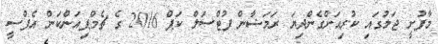
މާފުށީ ޖަލުގައި ކުރިއަށްގެންދިޔަ ރަމަޟާން ފުޓްސަލް ކަޕް 2016 ގެ ޗެމްޕިއަންކަން އެފްސީ